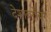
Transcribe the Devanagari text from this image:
देशाबरोबर